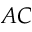
A C